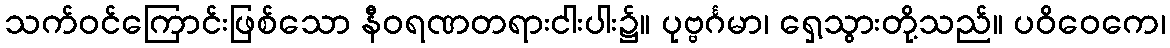
သက်ဝင်ကြောင်းဖြစ်သော နီဝရဏတရားငါးပါး၌။ ပုဗ္ဗင်္ဂမာ၊ ရှေ့သွားတို့သည်။ ပဝိဝေကေ၊